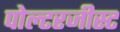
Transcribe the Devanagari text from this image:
पोल्टरजीस्ट